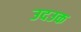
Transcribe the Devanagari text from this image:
उदउक